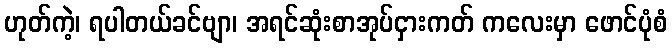
ဟုတ်ကဲ့၊ ရပါတယ်ခင်ဗျာ၊ အရင်ဆုံးစာအုပ်ငှားကတ် ကလေးမှာ ဖောင်ပုံစံ